system: You are a helpful assistant.
user:
Analyze the provided spectrum to determine if it is a **Carbon Star (C-type)**.

- **Key Visual Indicators of Carbon Star:**
    - **(Primary):** Strong molecular absorption from **C₂ (diatomic carbon) "Swan Bands."** This is the **defining feature** of a carbon star.
        - **(Key Bandheads):** Sharp absorption edges are visible at approximately $5635$ Å, $5165$ Å (the strongest band), and $4737$ Å.
        - **(Line Profile):** Creates a distinct **"saw-tooth"** pattern. The key morphology is a sharp, steep bandhead on the **red (long-wavelength) side**, which then gradually tapers off (i.e., flux recovers) towards the **blue (short-wavelength) side**. *(This is the direct opposite of the TiO bands seen in M-type stars)*.

    - **(Secondary):** Intense **CN (cyanogen)** molecular absorption bands.
        - **(Key Bandheads):** Located in the blue and violet regions of the spectrum (e.g., near $4215$ Å and $3883$ Å).
        - **(Morphology):** These bands are extremely broad and act as a "blanket," absorbing the vast majority of blue and violet light. This creates a characteristic **"cliff"** or **"steep drop-off"** in the spectrum's flux at short wavelengths.

    - **(Key Confirmation):** Strong **CH absorption band (G-band)**.
        - **(Key Bandhead):** Located around $4300$ Å. The contribution from CH molecules to this band is exceptionally strong.

    - **(Overall Spectrum):**
        - The continuum is severely "chopped up" by these deep molecular bands, especially C₂, rather than appearing as a smooth curve.
        - Due to the heavy CN and C₂ absorption in the blue-green, the vast majority of the star's flux is concentrated in the red part of the spectrum, giving the star its characteristic deep red color.

Think first, call **spectral_visualization_tool** if needed to examine features in detail, then provide your final answer. Your response must adhere to the following strict rules:
1.  **Overall Structure:** Your response must follow the format `<think>...</think> <tool_call>...</tool_call> (if a tool is used) <answer>...</answer>`.
2.  **Tool Usage Constraint:** You may only make **one** tool call per turn.
3.  **Final Answer Format:** In the `<answer>` tag, your conclusion must be inside a `\boxed{}` command (e.g., `\boxed{YES}`), followed by your justification.

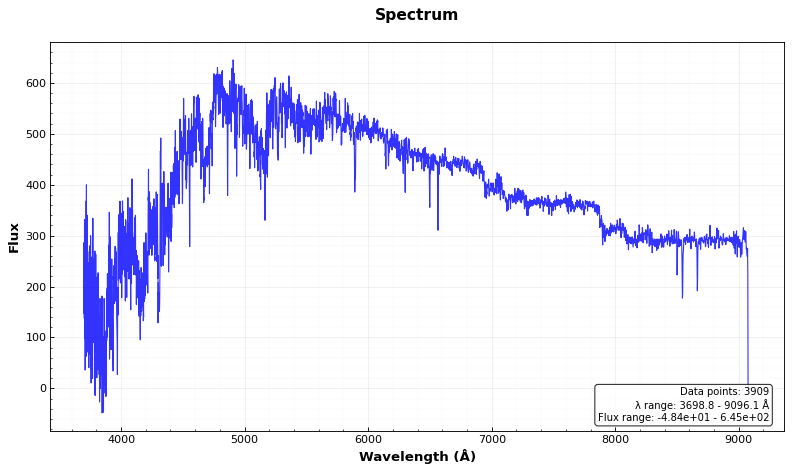
Answer: YES